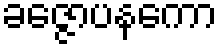
ခဇ္ဇောပနကော